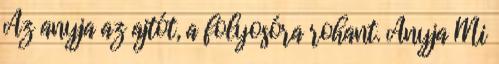
Az anyja az ajtót, a folyosóra rohant. Anyja Mi